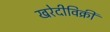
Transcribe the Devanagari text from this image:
खरेदीविक्री